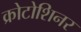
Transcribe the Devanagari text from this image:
क्रोटोशिनर